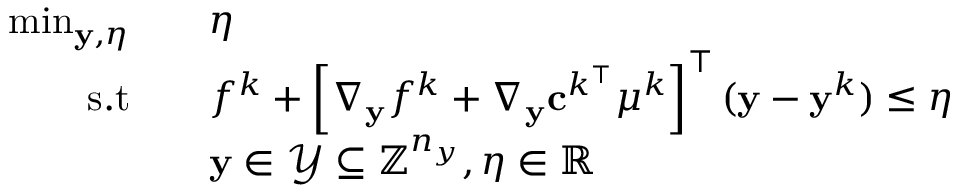
\begin{array} { r l } { \operatorname* { m i n } _ { \mathbf { y } , \eta } } & { \quad \eta } \\ { \mathrm { s . t } } & { \quad f ^ { k } + \left[ \nabla _ { \mathbf { y } } f ^ { k } + \nabla _ { \mathbf { y } } \mathbf { c } ^ { k ^ { \intercal } } \boldsymbol { \mu } ^ { k } \right] ^ { \intercal } ( \mathbf { y } - \mathbf { y } ^ { k } ) \leq \eta } \\ & { \quad \mathbf { y } \in \mathcal { Y } \subseteq \mathbb { Z } ^ { n _ { y } } , \eta \in \mathbb { R } } \end{array}